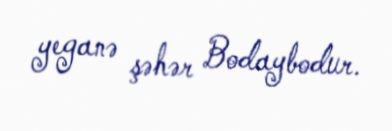
yeganə şəhər Bodaybodur.